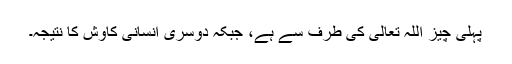
پہلی چیز اللہ تعالیٰ کی طرف سے ہے، جبکہ دوسری انسانی کاوش کا نتیجہ۔